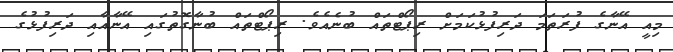
މިއީ އޭނާގެ ފުރަތަމަ ދަރިފުޅުކަމަށް ރިޕޯޓްތައް ބުނެއެވެ. ރިޕޯޓްތައް ބުނާގޮތުގައި އޭނާއާއި ދަރިފުޅުގެ